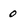
Character: 0